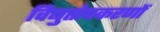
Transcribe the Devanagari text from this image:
विद्युतोपकरणों